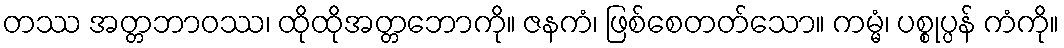
တဿ အတ္တဘာဝဿ၊ ထိုထိုအတ္တဘောကို။ ဇနကံ၊ ဖြစ်စေတတ်သော။ ကမ္မံ၊ ပစ္စုပ္ပန် ကံကို။